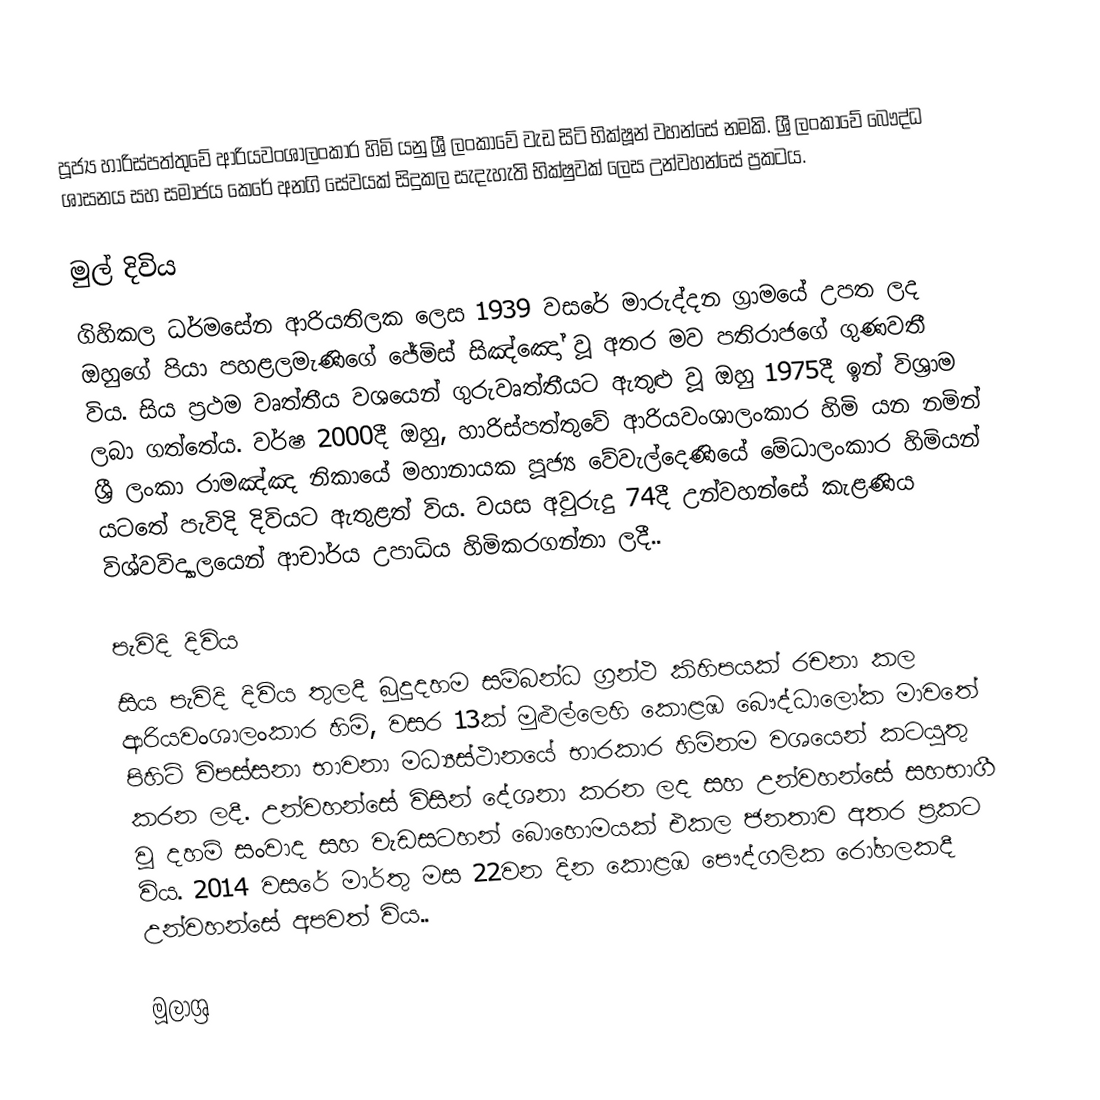
පූජ්‍ය හාරිස්පත්තුවේ ආරියවංශාලංකාර හිමි යනු ශ්‍රී ලංකාවේ වැඩ සිටි භික්ෂූන් වහන්සේ නමකි. ශ්‍රී ලංකාවේ බෞද්ධ ශාසනය සහ සමාජය කෙරේ අනගි සේවයක් සිදුකල සැදැහැති භික්ෂුවක් ලෙස උන්වහන්සේ ප්‍රකටය.

මුල් දිවිය
ගිහිකල ධර්මසේන ආරියතිලක ලෙස 1939 වසරේ මාරුද්දන ග්‍රාමයේ උපත ලද ඔහුගේ පියා පහළලමැණිගේ ජේමිස් සිඤ්ඤෝ වූ අතර මව පතිරාජගේ ගුණවතී විය. සිය ප්‍රථම වෘත්තීය වශයෙන් ගුරුවෘත්තීයට ඇතුළු වූ ඔහු 1975දී ඉන් විශ්‍රාම ලබා ගත්තේය. වර්ෂ 2000දී ඔහු, හාරිස්පත්තුවේ ආරියවංශාලංකාර හිමි යන නමින් ශ්‍රී ලංකා රාමඤ්ඤ නිකායේ මහානායක පූජ්‍ය වේවැල්දෙණියේ මේධාලංකාර හිමියන් යටතේ පැවිදි දිවියට ඇතුළත් විය. වයස අවුරුදු 74දී උන්වහන්සේ කැළණිය විශ්වවිද්‍යාලයෙන් ආචාර්ය උපාධිය හිමිකරගන්නා ලදී..

පැවිදි දිවිය
සිය පැවිදි දිවිය තුලදී බුදුදහම සම්බන්ධ ග්‍රන්ථ කිහිපයක් රචනා කල ආරියවංශාලංකාර හිමි, වසර 13ක් මුළුල්ලෙහි කොළඹ බෞද්ධාලෝක මාවතේ පිහිටි විපස්‌සනා භාවනා මධ්‍යස්‌ථානයේ භාරකාර හිමිනම වශයෙන් කටයුතු කරන ලදී. උන්වහන්සේ විසින් දේශනා කරන ලද සහ උන්වහන්සේ සහභාගී වූ දහම් සංවාද සහ වැඩසටහන් බොහොමයක් එකල ජනතාව අතර ප්‍රකට විය. 2014 වසරේ මාර්තු මස 22වන දින කොළඹ පෞද්ගලික රෝහලකදී උන්වහන්සේ අපවත් විය..

මූලාශ්‍ර